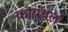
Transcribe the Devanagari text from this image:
कोयबल